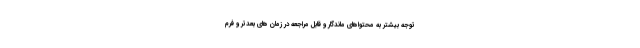
توجه بیشتر به محتواهای ماندگار و قابل مراجعه در زمان های بعدتر و فرم